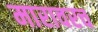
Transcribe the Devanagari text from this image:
मारावरच